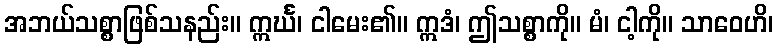
အဘယ်သစ္စာဖြစ်သနည်း။ ဣင်္ဃ၊ ငါမေး၏။ ဣဒံ၊ ဤသစ္စာကို။ မံ၊ ငါ့ကို။ သာဝေဟိ၊